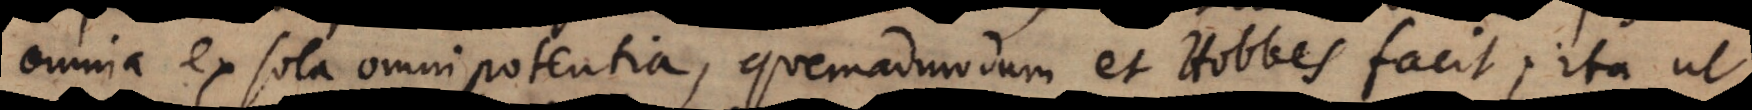
omnia ex sola omnipotentia, quemadmodum et Hobbes facit; ita ut